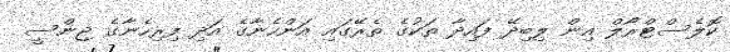
ކޮލެސްޓްރޯލް އިން ލިބިދޭ ފައިދާ ތަކުގެ ތެރޭގައި އަންހެނާގެ އަދި ފިރިހެނާގެ ޖިންސީ